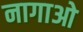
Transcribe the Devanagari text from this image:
नागाओ